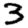
Digit: 3